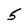
Character: 5